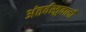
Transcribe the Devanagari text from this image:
अंतर्वस्तुवाली